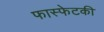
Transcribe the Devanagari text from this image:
फास्फेटकी